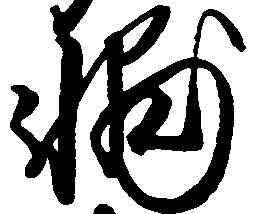
輔